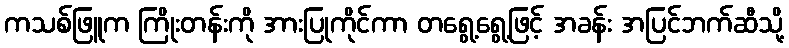
ကသစ်ဖြူက ကြိုးတန်းကို အားပြုကိုင်ကာ တရွေ့ရွေ့ဖြင့် အခန်း အပြင်ဘက်ဆီသို့